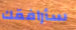
سأرافقك